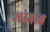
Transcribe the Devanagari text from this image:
लोगोज